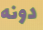
دونه